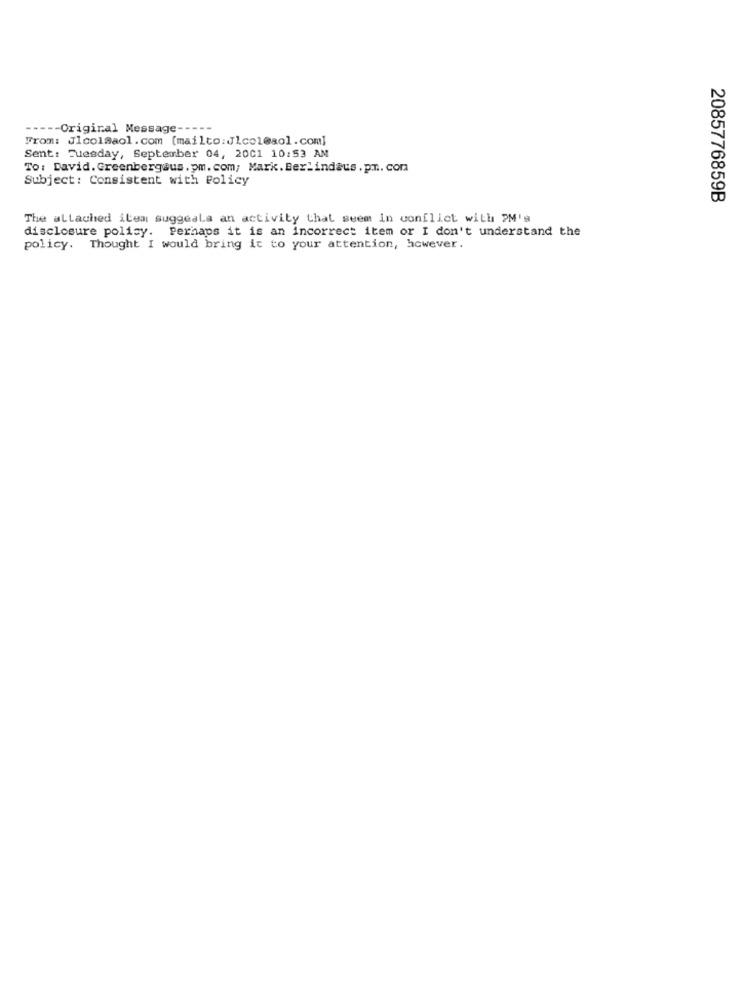
----- Original Message -----
From: Jlcol@aol. com [mailto:Jlcol@aol.com]
Sent: Tuesday, September 04, 2001 10:53 AM
To: David. Greenbergaus.pm. com; Mark. Berlindaus.pm .. com
Subject: Consistent with Policy
2085776859B
The altached ilem suggeals an activity that seem In conflict with PM's
disclosure policy. Perhaps it is an incorrect item or I don't understand the
policy. Thought I would bring it to your attention, however.